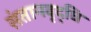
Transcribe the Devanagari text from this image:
संतानवृद्धि